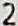
2